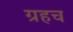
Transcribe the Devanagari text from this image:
ग्रहच